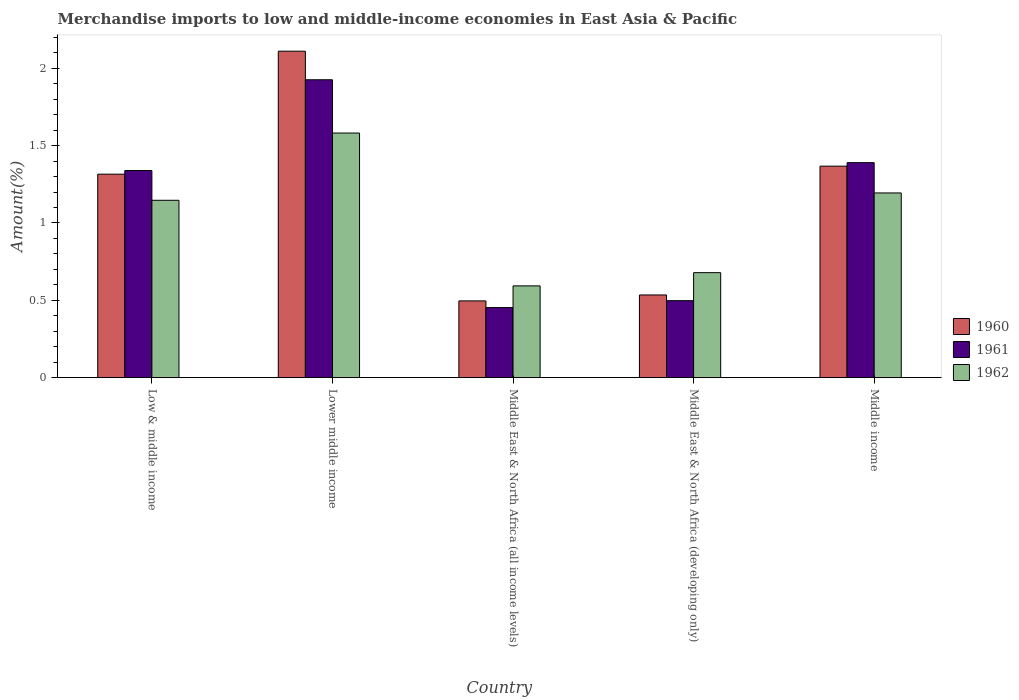
| Country | 1960 | 1961 | 1962 |
 | --- | --- | --- | --- |
 | Low & middle income | 1.32 | 1.34 | 1.15 |
 | Lower middle income | 2.11 | 1.93 | 1.58 |
 | Middle East & North Africa (all income levels) | 0.496 | 0.453 | 0.593 |
 | Middle East & North Africa (developing only) | 0.535 | 0.498 | 0.679 |
 | Middle income | 1.37 | 1.39 | 1.19 |